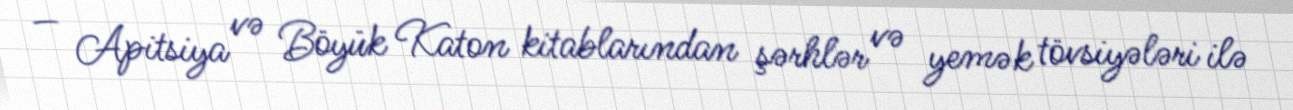
— Apitsiya və Böyük Katon kitablarından şərhlər və yemək tövsiyələri ilə